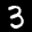
Label: 3